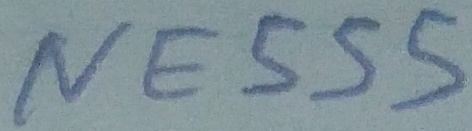
Text: NE555